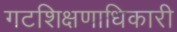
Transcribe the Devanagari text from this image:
गटशिक्षणाधिकारी